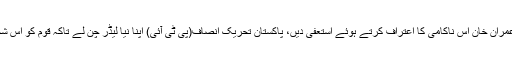
اپنی بات جاری رکھتے ہوئے خواجہ آصف نے کہا کہ اگر جرات ہے تو عمران خان اس ناکامی کا اعتراف کرتے ہوئے استعفیٰ دیں، پاکستان تحریک انصاف(پی ٹی آئی) اپنا نیا لیڈر چن لے تاکہ قوم کو اس شخص سے چھٹکارا ملے کیونکہ سارا پاکستان ان کی انا کی نذر ہوچکا ہے۔